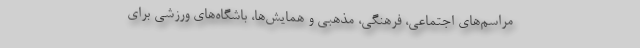
مراسم‌های اجتماعی، فرهنگی، مذهبی و همایش‌ها، باشگاه‌های ورزشی برای